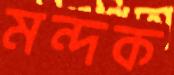
মন্দক